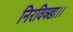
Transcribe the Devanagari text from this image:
निरविक्खा।।